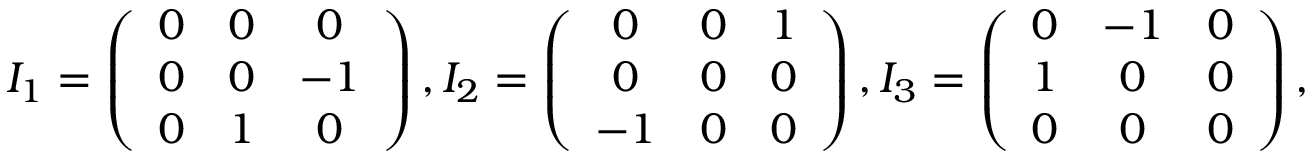
\begin{array} { r } { I _ { 1 } = \left( \begin{array} { c c c } { 0 } & { 0 } & { 0 } \\ { 0 } & { 0 } & { - 1 } \\ { 0 } & { 1 } & { 0 } \end{array} \right) , I _ { 2 } = \left( \begin{array} { c c c } { 0 } & { 0 } & { 1 } \\ { 0 } & { 0 } & { 0 } \\ { - 1 } & { 0 } & { 0 } \end{array} \right) , I _ { 3 } = \left( \begin{array} { c c c } { 0 } & { - 1 } & { 0 } \\ { 1 } & { 0 } & { 0 } \\ { 0 } & { 0 } & { 0 } \end{array} \right) , } \end{array}